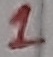
Text: 1